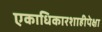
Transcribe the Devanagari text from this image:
एकाधिकारशाहीपेक्षा